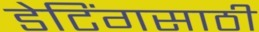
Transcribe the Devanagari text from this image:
डेटिंगसाठी